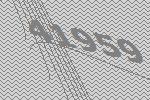
41959